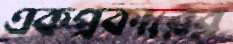
একপ্রকারের